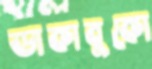
ডাকাবুকো